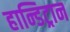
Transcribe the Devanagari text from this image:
हान्डिट्रान